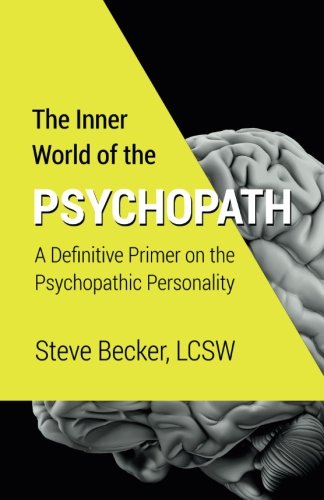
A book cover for The Inner World of the Psychopath: A definitive primer on the psychopathic personality; Steve Becker LCSW; Health, Fitness & Dieting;